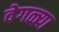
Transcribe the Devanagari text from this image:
वेगळ्य़ा